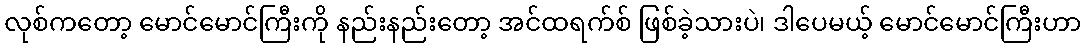
လုစ်ကတော့ မောင်မောင်ကြီးကို နည်းနည်းတော့ အင်ထရက်စ် ဖြစ်ခဲ့သားပဲ၊ ဒါပေမယ့် မောင်မောင်ကြီးဟာ